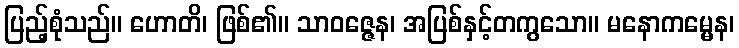
ပြည့်စုံသည်။ ဟောတိ၊ ဖြစ်၏။ သာဝဇ္ဇေန၊ အပြစ်နှင့်တကွသော။ မနောကမ္မေန၊